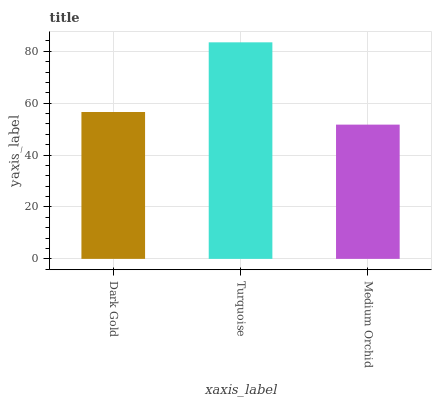
| xaxis_label | bars |
 | --- | --- |
 | Dark Gold | 56.6 |
 | Turquoise | 83.5 |
 | Medium Orchid | 51.7 |